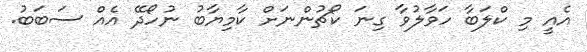
އެއީ މި ކްލަބާ ހަވާލުވާ ގިނަ ކޯޗުންނަށް ކާމިޔާބު ނުހޯދޭ އެއް ސަބަބު.